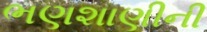
ભણશાણીની